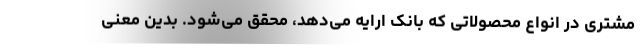
مشتری در انواع محصولاتی که بانک ارایه می‌دهد، محقق می‌شود. بدین معنی